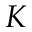
K